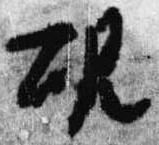
硯